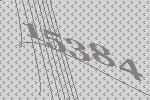
15384